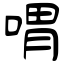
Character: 喟